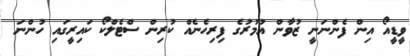
ވީޑީއޯ އިން ފެންނަނީ ޒުވާން އުމުރުގެ ފިރިހެނެއް ކުރިން ސްޓެލްކޯ ކައިރީގައި ހުންނަ